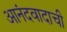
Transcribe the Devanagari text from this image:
आनंदवादाची